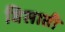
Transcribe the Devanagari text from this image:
विसाती